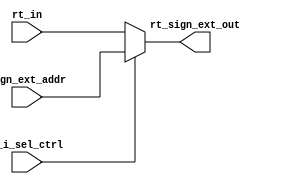
module R_IN_MUX_SEL(
  output reg [31:0] rt_sign_ext_out,
  input [31:0] rt_in, sign_ext_addr,
  input r_i_sel_ctrl
  );
  
  always@(*)
  begin
    if(r_i_sel_ctrl)
        rt_sign_ext_out = sign_ext_addr;
    else
      rt_sign_ext_out = rt_in;
  end
  
endmodule